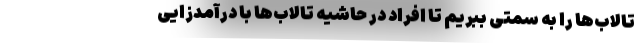
تالاب‌ها را به سمتی ببریم تا افراد در حاشیه تالاب‌ها با درآمدزایی